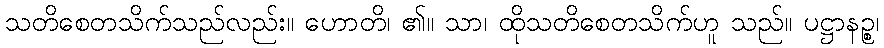
သတိစေတသိက်သည်လည်း။ ဟောတိ၊ ၏။ သာ၊ ထိုသတိစေတသိက်ဟူ သည်။ ပဋ္ဌာနဉ္စ၊